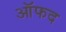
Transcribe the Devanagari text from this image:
ऑफद